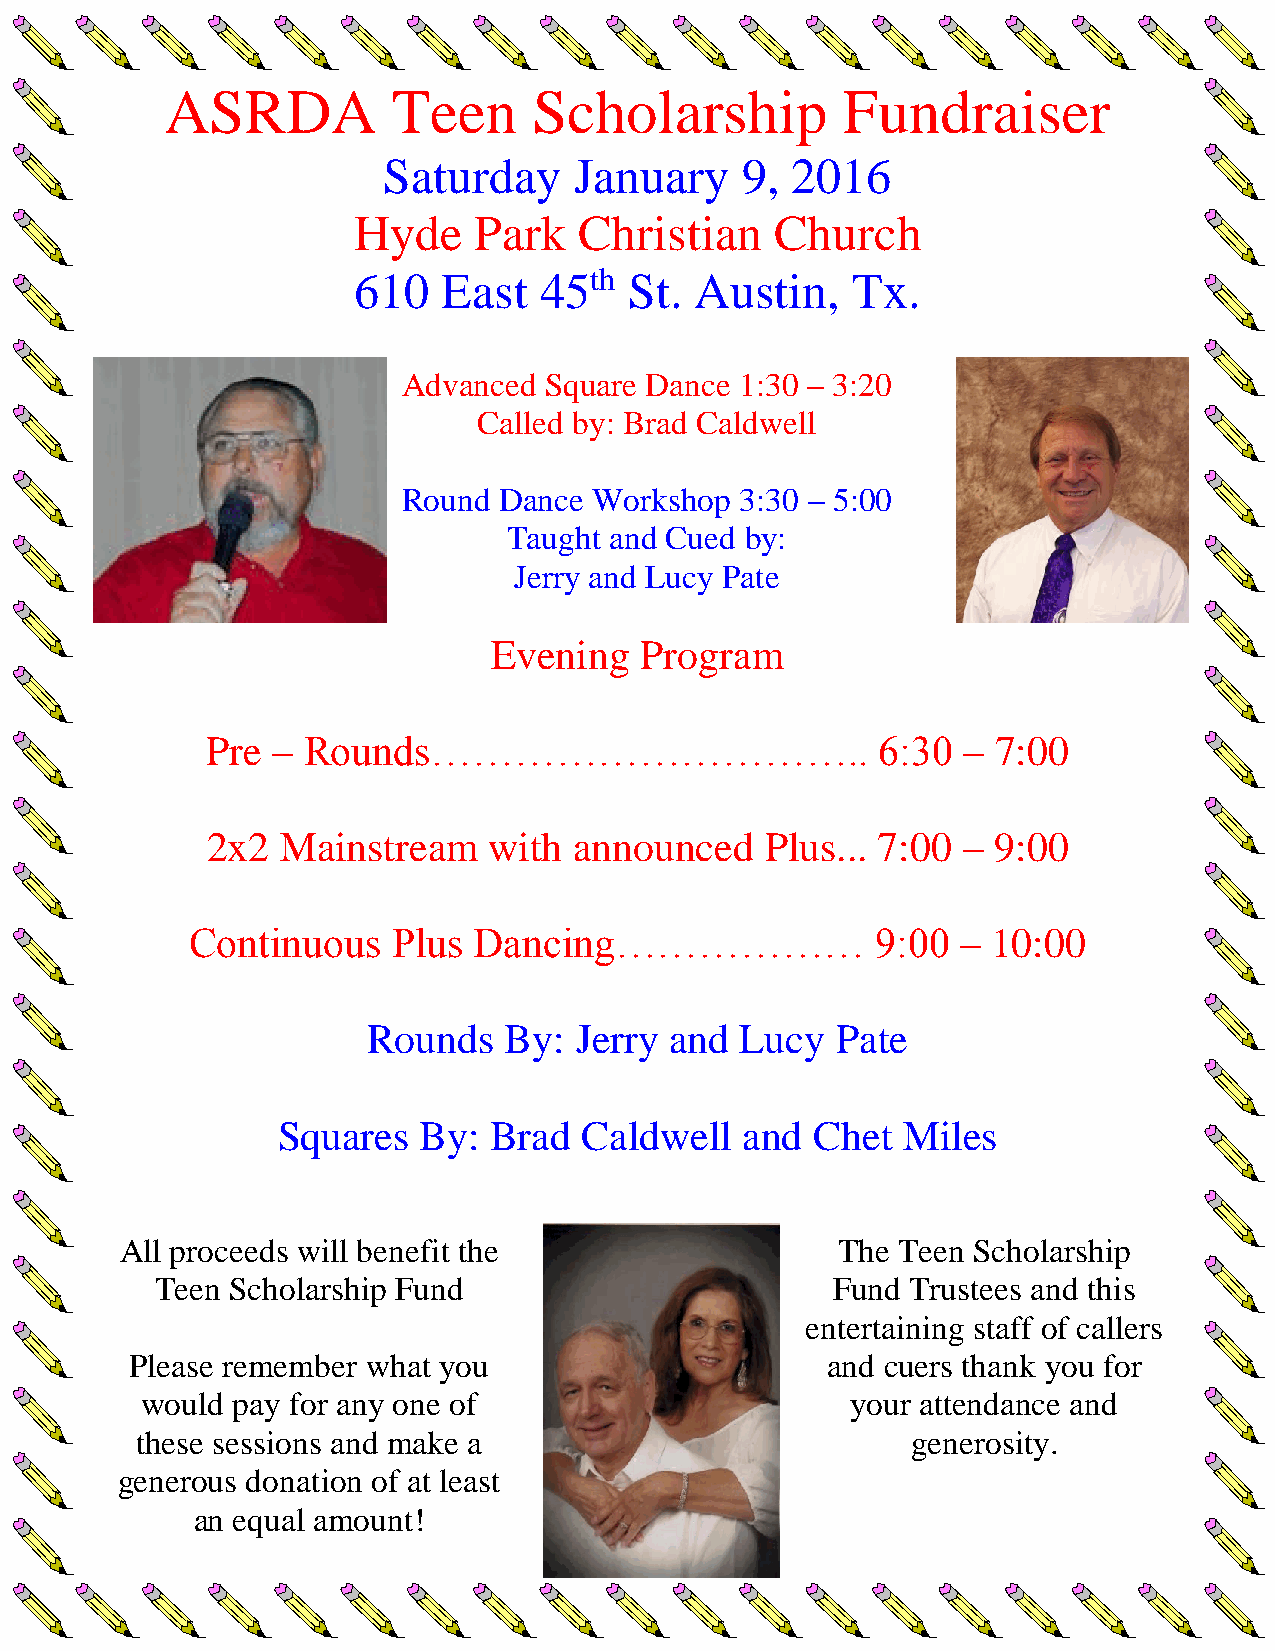
ASRDA          Teen     Scholarship          Fundraiser
 Saturday     January    9, 2016
 Hyde    Park   Christian    Church
 610   East   45th  St. Austin,   Tx.
 Advanced Square Dance 1:30 – 3:20
 Called by: Brad Caldwell
 Round Dance Workshop  3:30 – 5:00
 Taught and Cued by:
 Jerry and Lucy Pate
 Evening  Program
 Pre – Rounds…………………………..                    6:30  – 7:00
 2x2  Mainstream   with  announced    Plus... 7:00 – 9:00
 Continuous   Plus Dancing………………              9:00  – 10:00
 Rounds   By:  Jerry and  Lucy  Pate
 Squares   By: Brad   Caldwell  and  Chet  Miles
 All proceeds will benefit the                  The Teen Scholarship
 Teen Scholarship Fund                        Fund Trustees and this
 entertaining staff of callers
 Please remember what you                      and cuers thank you for
 would pay for any one of                       your attendance and
 these sessions and make a                          generosity.
 generous donation of at least
 an equal amount!